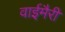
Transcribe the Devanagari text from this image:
वाईमैरी